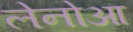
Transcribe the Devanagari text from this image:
लेनोआ